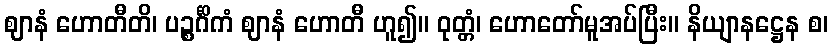
ဈာနံ ဟောတီတိ၊ ပဉ္စင်္ဂိကံ ဈာနံ ဟောတီ ဟူ၍။ ဝုတ္တံ၊ ဟောတော်မူအပ်ပြီး။ နိယျာနဋ္ဌေန စ၊